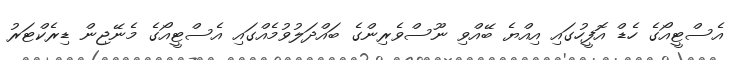
އެސްޓީއޯގެ ހެޑް އޮފީހުގައި އިއްޔެ ބޭއްވި ނޫސްވެރިންގެ ބައްދަލުވުމެއްގައި އެސްޓީއޯގެ މެނޭޖިން ޑިރެކްޓަރު